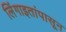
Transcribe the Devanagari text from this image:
लिंंगाइतांपासून